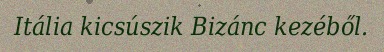
Itália kicsúszik Bizánc kezéből.